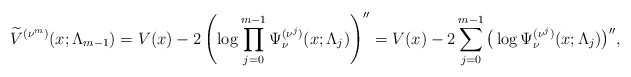
\begin{gather*} \widetilde{V}^{( \nu ^{m}) }(x;\Lambda _{m-1}) =V(x)-2\left( \log \prod\limits_{j=0}^{m-1}\Psi _{\nu }^{( \nu ^{j}) }(x;\Lambda _{j})\right) ^{\prime \prime } =V(x)-2\sum_{j=0}^{m-1}\big( \log \Psi _{\nu }^{( \nu ^{j}) }(x;\Lambda _{j})\big) ^{\prime \prime },\end{gather*}